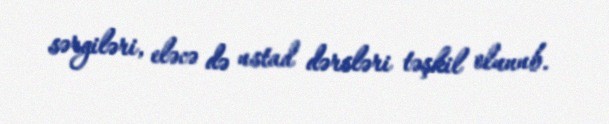
sərgiləri, eləcə də ustad dərsləri təşkil olunub.